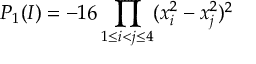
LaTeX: P _ { 1 } ( I ) = - 1 6 \prod _ { 1 \le i < j \le 4 } ( x _ { i } ^ { 2 } - x _ { j } ^ { 2 } ) ^ { 2 }